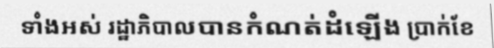
ទាំងអស់ រដ្ឋាភិបាលបានកំណត់ដំឡើង ប្រាក់ខែ